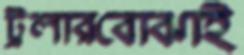
ট্রলারবোঝাই